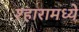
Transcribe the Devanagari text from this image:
श्हारामध्ये